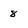
Character: 8